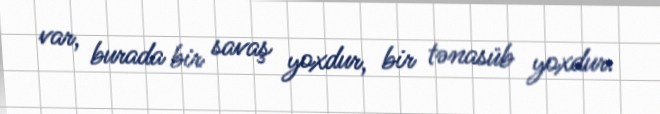
var, burada bir savaş yoxdur, bir tənasüb yoxdur.